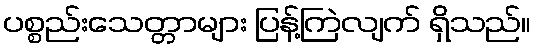
ပစ္စည်းသေတ္တာများ ပြန့်ကြဲလျက် ရှိသည်။